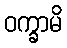
ဝက္ခာမိ